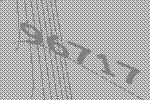
96717